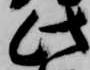
此